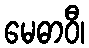
မေဓာဝီ၊